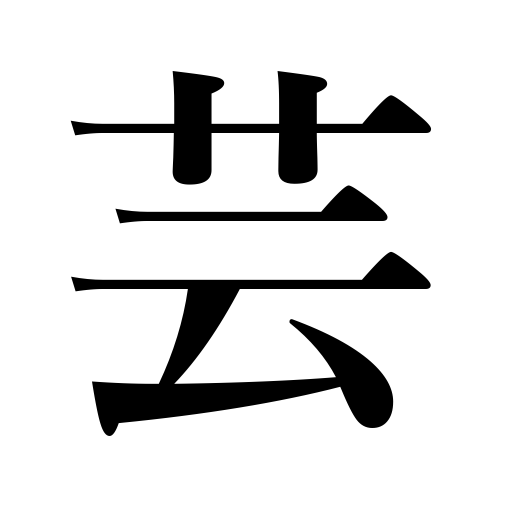
Meanings: artistic accomplishment,craft,performance,trick,feat,stunt,acting,art